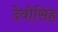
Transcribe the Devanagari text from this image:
देंवीसिंह